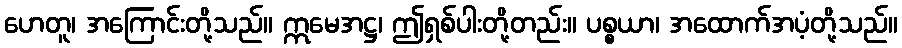
ဟေတူ၊ အကြောင်းတို့သည်။ ဣမေအဋ္ဌ၊ ဤရှစ်ပါးတို့တည်း။ ပစ္စယာ၊ အထောက်အပံ့တို့သည်။